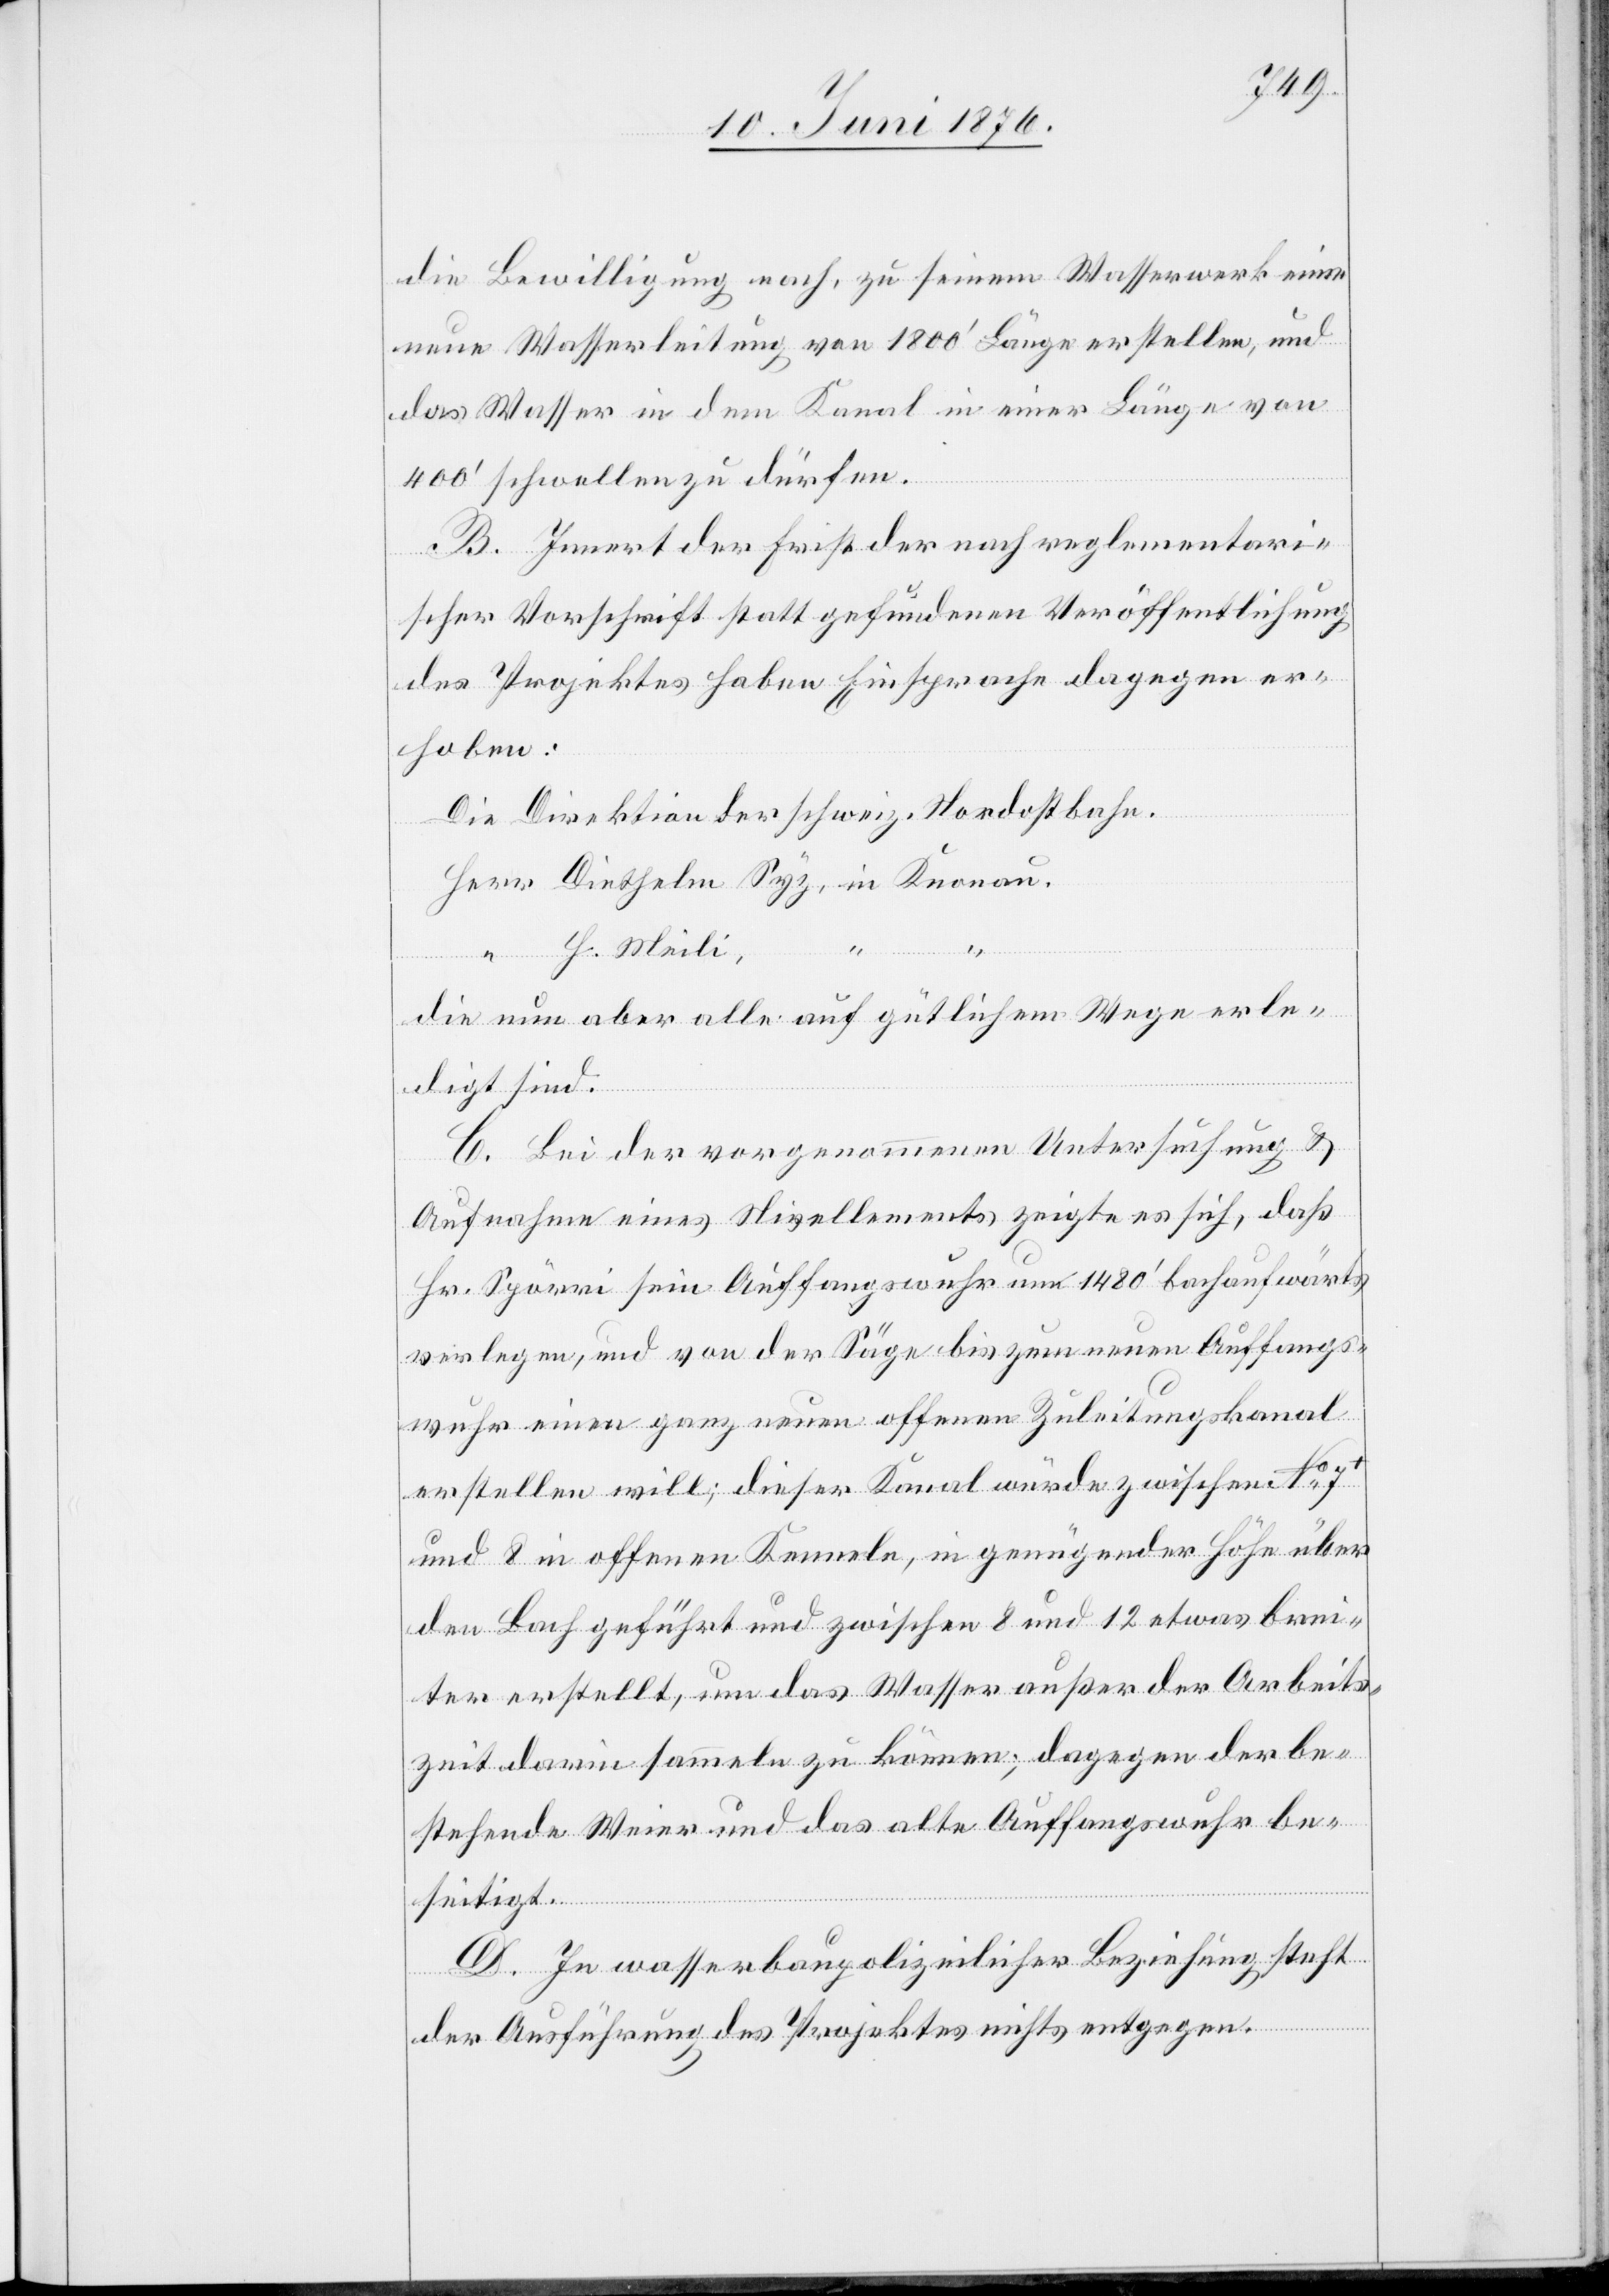
die Bewilligung nach, zu seinem Wasserwerk eine
neue Wasserleitung von 1800‘ Länge erstellen, und
das Wasser in dem Kanal in einer Länge von
400‘ schwellen zu dürfen.
B. Innert der Frist der nach reglementari¬
scher Vorschrift statt gefundenen Veröffentlichung
des Projektes haben Einsprache dagegen er¬
hoben:
Die Direktion der schweiz. Nordostbahn.
die nun aber alle auf gütlichem Wege erle¬
digt sind.
C. Bei der vorgenommenen Untersuchung &
Aufnahme eines Nivellements zeigte es sich, daß
Hr. Spörri sein Auffangswuhr um 1480‘ bachaufwärts
verlegen, und von der Säge bis zum neuen Auffangs¬
wuhr einen ganz neuen offenen Zuleitungskanal
erstellen will; dieser Kanal würde zwischen No 7+
und 8 in offenen Kenneln, in genügender Höhe über
den Bach geführt und zwischen 8 und 12 etwas brei¬
ter erstellt, um das Wasser außer der Arbeits¬
zeit darin sammeln zu können; dagegen der be¬
stehende Weier und das alte Auffangswuhr be¬
seitigt.
D. In wasserbaupolizeilicher Beziehung steht
der Ausführung des Projektes nichts entgegen.